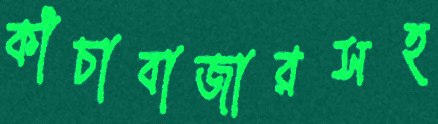
কাঁচাবাজারসহ